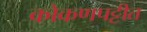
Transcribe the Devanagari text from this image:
कोकणपट्टीत